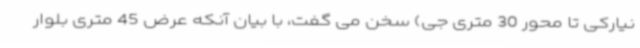
نیارکی تا محور 30 متری جی) سخن می گفت، با بیان آنکه عرض 45 متری بلوار